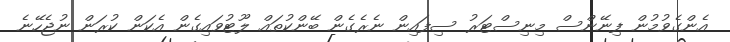
އެންގެވުމުން ފިނޭންސް މިނިސްޓަރު ސިފައިން ނެރެގެން ބޭންކުތައް ލޫޓުވައިގެން އެކަން ކުރަން ނުޖެހޭނެ